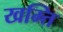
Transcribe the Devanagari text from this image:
खम्ति